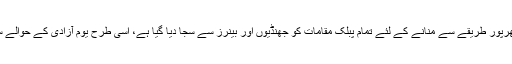
2016ء) وفاقی ترقیاتی ادارہ سی ڈی اے نے یوم آزادی کو بھرپور طریقے سے منانے کے لئے تمام پبلک مقامات کو جھنڈیوں اور بینرز سے سجا دیا گیا ہے، اسی طرح یوم آزادی کے حوالے سے صفائی کے لئے بھی خصوصی انتظامات کئے گئے ہیں۔